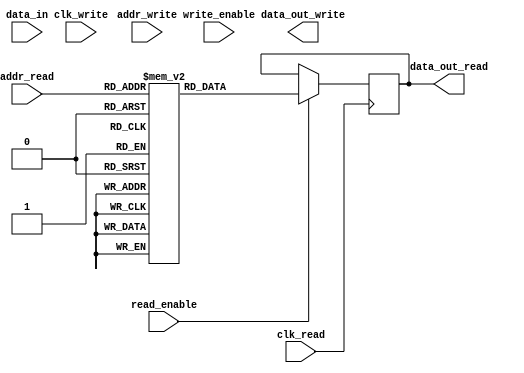
module DualPortRAM (
    input wire clk_read,
    input wire clk_write,
    input wire [7:0] addr_read,
    input wire [7:0] addr_write,
    input wire [7:0] data_in,
    output reg [7:0] data_out_read,
    output reg [7:0] data_out_write,
    input wire read_enable,
    input wire write_enable
);

reg [7:0] memory_block_read [0:255];
reg [7:0] memory_block_write [0:255];

always @(posedge clk_read) begin
    if (read_enable) begin
        data_out_read <= memory_block_read[addr_read];
    end
end

always @(posedge clk_write) begin
    if (write_enable) begin
        memory_block_write[addr_write] <= data_in;
    end
end

endmodule